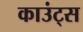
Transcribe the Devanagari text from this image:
काउंट्स